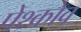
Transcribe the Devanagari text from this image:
पेश्कोव